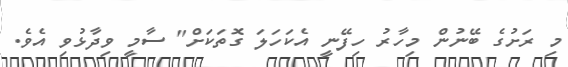
މި ރަށުގެ ބޭނުން މިހާރު ހިފޭނީ އެކަހަލަ ގޮތަކަށް" ސާމީ ވިދާޅުވި އެވެ.